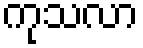
ကုသလာ